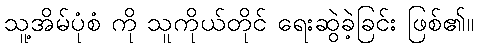
သူ့အိမ်ပုံစံ ကို သူကိုယ်တိုင် ရေးဆွဲခဲ့ခြင်း ဖြစ်၏။